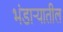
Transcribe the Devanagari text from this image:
भंडार्‍यातील